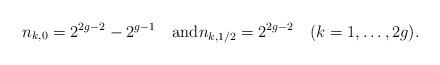
LaTeX: \begin{align*}n_{k,0}=2^{2g-2}-2^{g-1}\quad\textrm{and}n_{k,1/2}=2^{2g-2}\quad(k=1,\ldots,2g).\end{align*}